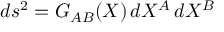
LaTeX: d s ^ { 2 } = G _ { A B } ( X ) \, d X ^ { A } \, d X ^ { B }